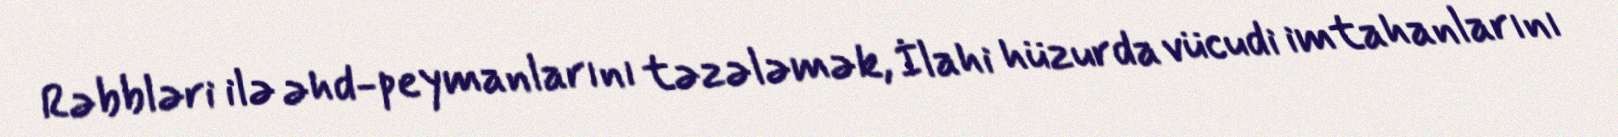
Rəbbləri ilə əhd-peymanlarını təzələmək, İlahi hüzurda vücudi imtahanlarını